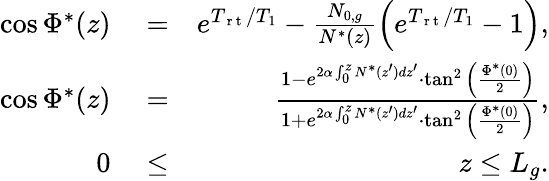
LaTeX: \begin{array}{rlr}{\cos\Phi^{*}(z)}&{{}=}&{e^{T_{\mathrm{~r~t~}}/T_{1}}-\frac{N_{0,g}}{N^{*}(z)}\Big(e^{T_{\mathrm{~r~t~}}/T_{1}}-1\Big),}\\ {\cos\Phi^{*}(z)}&{{}=}&{\frac{1-e^{2\alpha\int_{0}^{z}N^{*}(z^{\prime})dz^{\prime}}\cdot\tan^{2}\Big(\frac{\Phi^{*}(0)}{2}\Big)}{1+e^{2\alpha\int_{0}^{z}N^{*}(z^{\prime})dz^{\prime}}\cdot\tan^{2}\Big(\frac{\Phi^{*}(0)}{2}\Big)},}\\ {0}&{{}\le}&{z\le L_{g}.}\end{array}